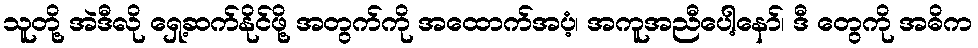
သူတို့ အဲဒီလို ရှေ့ဆက်နိုင်ဖို့ အတွက်ကို အထောက်အပံ့၊ အကူအညီပေါ့နော်၊ ဒီ တွေကို အဓိက